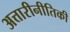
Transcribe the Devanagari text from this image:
अत्तारीनीतिकी